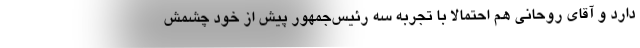
دارد و آقای روحانی هم احتمالا با تجربه سه رئیس‌جمهور پیش از خود چشمش